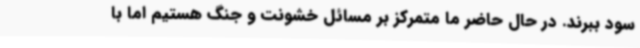
سود ببرند. در حال حاضر ما متمرکز بر مسائل خشونت و جنگ هستیم اما با